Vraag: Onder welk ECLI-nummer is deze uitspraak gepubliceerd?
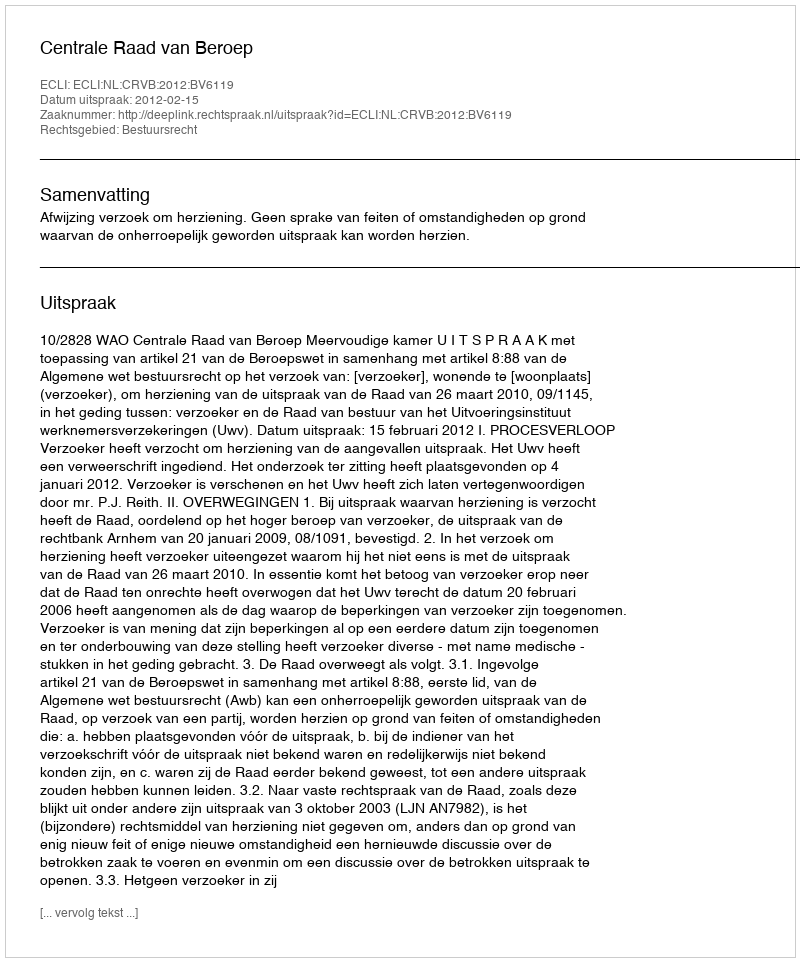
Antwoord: ECLI:NL:CRVB:2012:BV6119